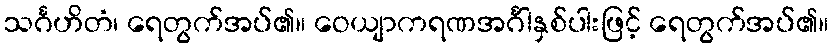
သင်္ဂဟိတံ၊ ရေတွက်အပ်၏။ ဝေယျာကရဏအင်္ဂါနှစ်ပါးဖြင့် ရေတွက်အပ်၏။